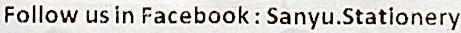
FOLLOW US IN FACEBOOK : SANYU.STATIONERY